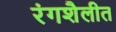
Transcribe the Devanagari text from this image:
रंगशैलीत